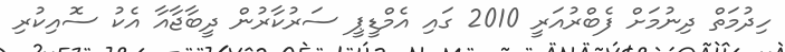
ހިދުމަތް ދިނުމަށް ފެބްރުއަރީ 2010 ގައި އެމްޑީޕީ ސަރުކާރުން ދީބާޖާއާ އެކު ސޮއިކުރި